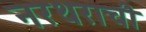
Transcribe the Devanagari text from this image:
नरथराची